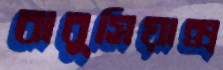
বাবুসিয়াক্স